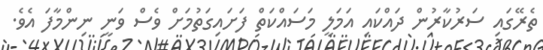
ތެރޭގައި ސަރުކާރުން ދައްކައި އަމަލީ މަސައްކަތް ފަށައިގަތުމަށް ވެސް ވަނީ ނިންމާފަ އެވެ.